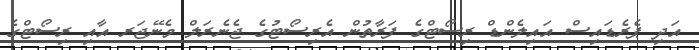
އަދި ޕެރެޑައިސް އައިލެންޑް ރިސޯޓްގެ ފަރާތުން އެރިސޯޓުގެ ޖެނެރަލް މެނޭޖަރ އާއި ރިސޯޓްގެ